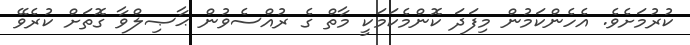
ކުރުމަށެވެ. އެހެންކަމުން މިފަދަ ކޮންމެކަމަކީ މާތް ގެ ރުއްސެވުން ޙާޞިލްވާ ގޮތަށް ކުރެވޭ